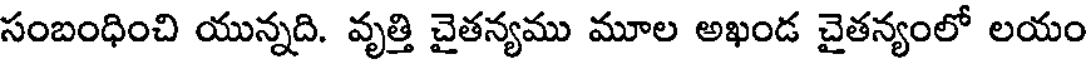
సంబంధించి యున్నది. వృత్తి చైతన్యము మూల అఖండ చైతన్యంలో లయం